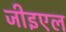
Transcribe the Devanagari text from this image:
जीइएल